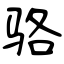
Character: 骆